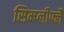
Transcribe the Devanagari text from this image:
सिम्प्लीफ्लै